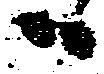
ハ